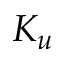
K _ { u }